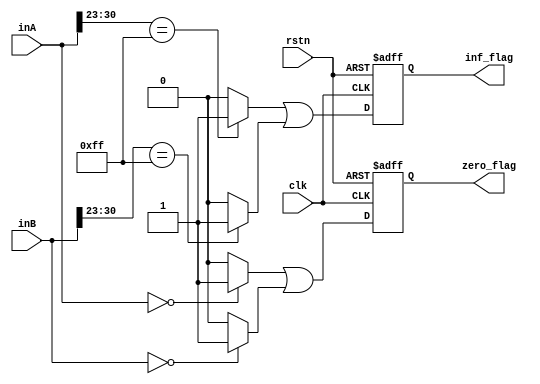
`timescale 1ns / 1ps
//////////////////////////////////////////////////////////////////////////////////
// Company: 
// Engineer: 
// 
// Design Name: 
// Module Name: check_value_multiplier_floating_point32
// Project Name: 
// Target Devices: 
// Tool Versions: 
// Description: 
// 
// Dependencies: 
// 
// Revision:
// Revision 0.01 - File Created
// Additional Comments:
// 
//////////////////////////////////////////////////////////////////////////////////


module check_value_multiplier_floating_point32
(
    input           clk, rstn,
    input   [31:0]  inA, inB,
//    input                       clk, rstn,
//    input   [DATA_WIDTH-1:0]    inA_init, inB_init,
    output  reg     zero_flag, inf_flag
    
);
    
//    reg    [DATA_WIDTH-1:0]    inA, inB;
    
//    always @ (posedge clk or negedge rstn) begin
//        if (!rstn) begin
//            inA         <=  'b0;
//            inB         <=  'b0;
//        end
//        else begin
//            inA     <=  inA_init;
//            inB     <=  inB_init;
//        end
//    end
    
    wire    inf_flagA, inf_flagB;
    wire    zero_flagA, zero_flagB;
    
    assign inf_flagA  = (inA[30:23]==8'b1111_1111)? 1'b1 : 1'b0;
    assign inf_flagB  = (inB[30:23]==8'b1111_1111)? 1'b1 : 1'b0;
    
    assign zero_flagA = (inA==32'b0)?        1'b1 : 1'b0;
    assign zero_flagB = (inB==32'b0)?        1'b1 : 1'b0;
    
    always @ (posedge clk or negedge rstn) begin
        if (!rstn) begin
            inf_flag    <=  'b0;
            zero_flag   <=  'b0;
        end
        else begin
            inf_flag    <=  inf_flagA | inf_flagB;
            zero_flag   <=  zero_flagA | zero_flagB;      
        end
    end
endmodule